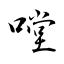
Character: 嘡